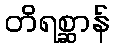
တိရစ္ဆာန်